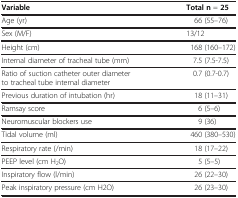
| Variable | Total n = 25 |
 | --- | --- |
 | Age (yr) | 66 (55–76) |
 | Sex (M/F) | 13/12 |
 | Height (cm) | 168 (160–172) |
 | Internal diameter of tracheal tube (mm) | 7.5 (7.5-7.5) |
 | Ratio of suction catheter outer diameter to tracheal tube internal diameter | 0.7 (0.7-0.7) |
 | Previous duration of intubation (hr) | 18 (11–31) |
 | Ramsay score | 6 (5–6) |
 | Neuromuscular blockers use | 9 (36) |
 | Tidal volume (ml) | 460 (380–530) |
 | Respiratory rate (/min) | 18 (17–22) |
 | PEEP level (cm H2O) | 5 (5–5) |
 | Inspiratory flow (l/min) | 26 (22–30) |
 | Peak inspiratory pressure (cm H2O) | 26 (23–30) |